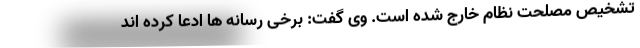
تشخیص مصلحت نظام خارج شده است. وی گفت: برخی رسانه ها ادعا کرده اند